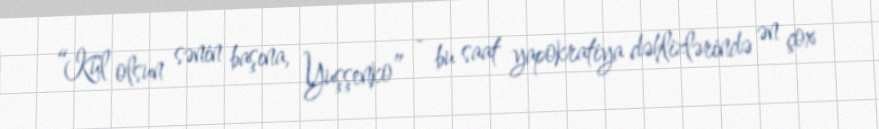
“Kül olsun sənin başına, Yuşşenko” - bu saat yapokratiya dəhlizlərində ən çox